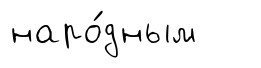
наро́дным